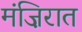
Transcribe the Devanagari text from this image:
मंज़िरात